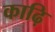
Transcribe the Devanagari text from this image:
काढ़ि